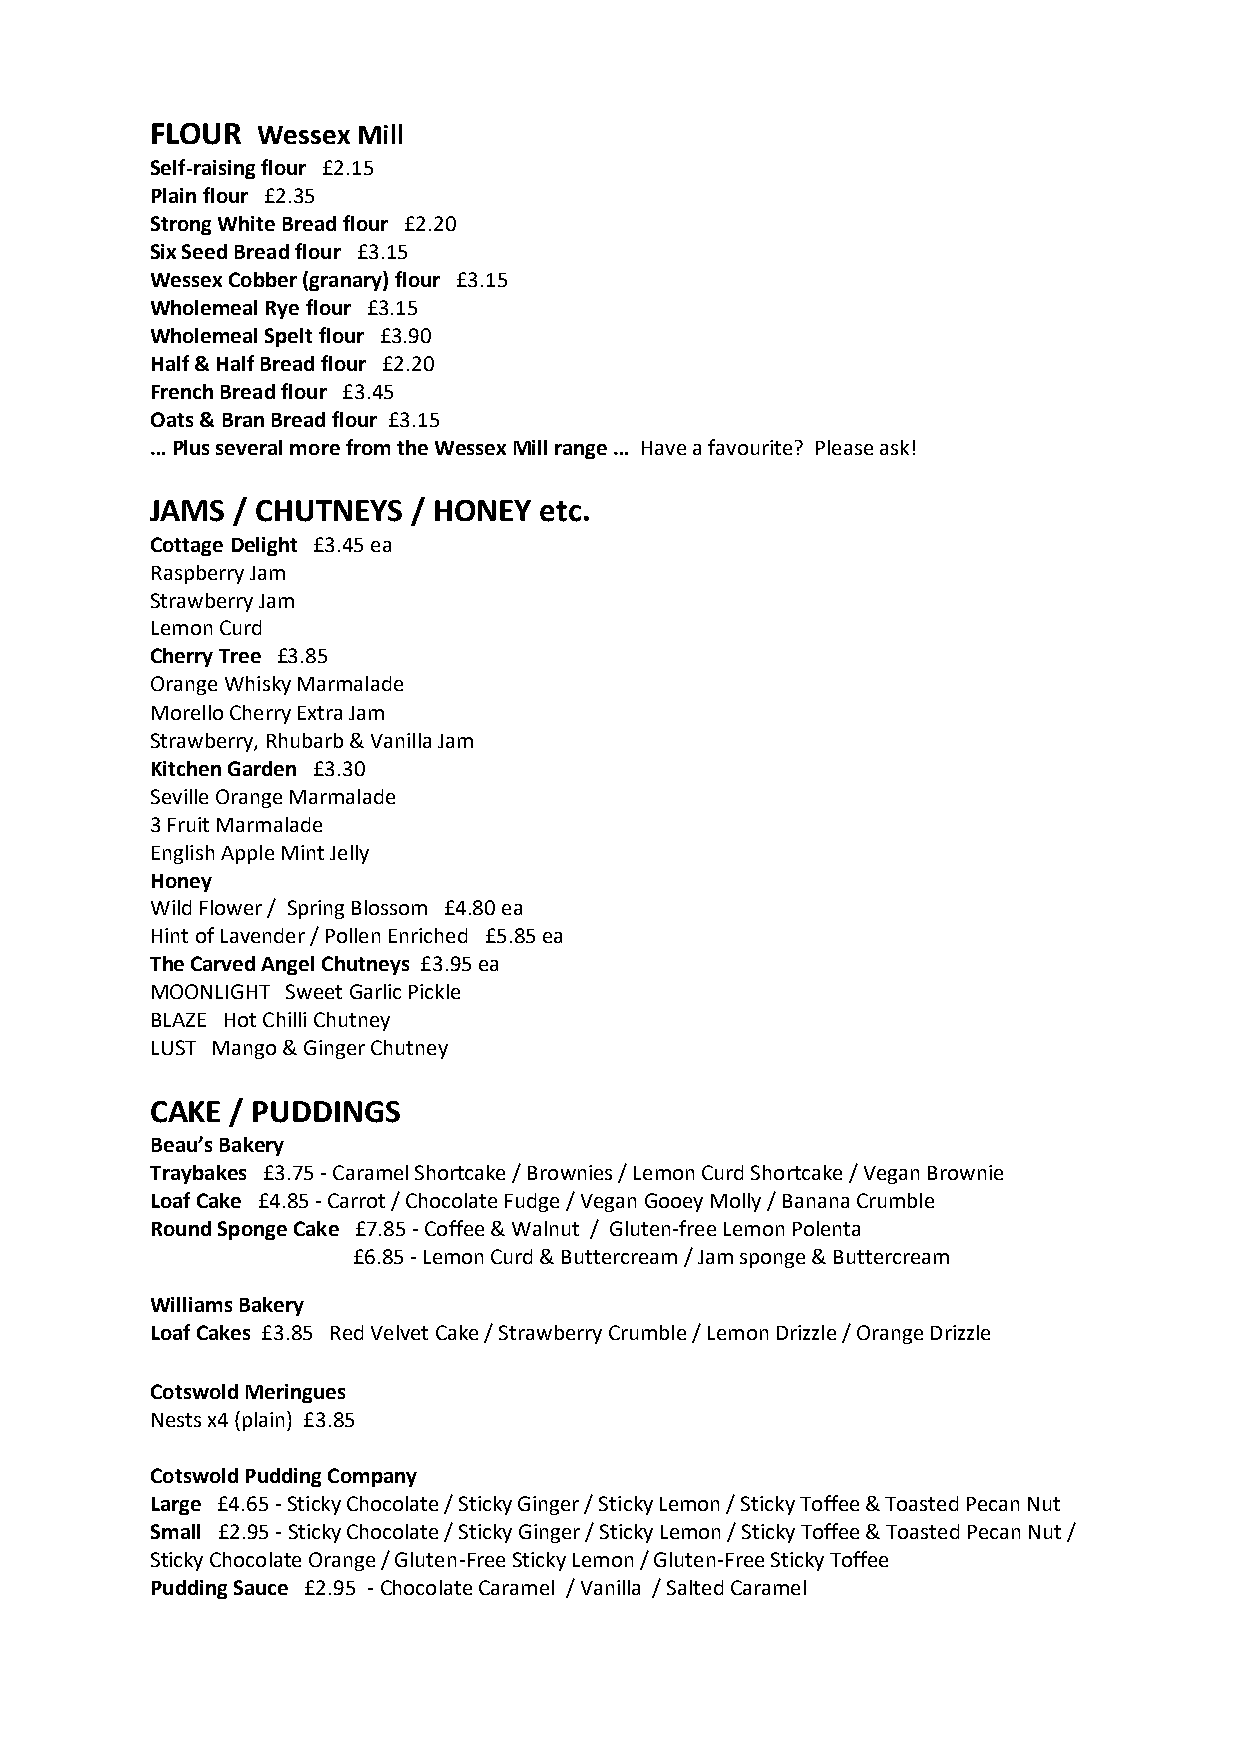
FLOUR  Wessex Mill
 Self-raising flour £2.15
 Plain flour £2.35
 Strong White Bread flour £2.20
 Six Seed Bread flour £3.15
 Wessex Cobber (granary) flour £3.15
 Wholemeal Rye flour £3.15
 Wholemeal Spelt flour £3.90
 Half & Half Bread flour £2.20
 French Bread flour £3.45
 Oats & Bran Bread flour £3.15
 … Plus several more from the Wessex Mill range … Have a favourite? Please ask!
 JAMS / CHUTNEYS  / HONEY  etc.
 Cottage Delight £3.45 ea
 Raspberry Jam
 Strawberry Jam
 Lemon Curd
 Cherry Tree £3.85
 Orange Whisky Marmalade
 Morello Cherry Extra Jam
 Strawberry, Rhubarb & Vanilla Jam
 Kitchen Garden £3.30
 Seville Orange Marmalade
 3 Fruit Marmalade
 English Apple Mint Jelly
 Honey
 Wild Flower / Spring Blossom £4.80 ea
 Hint of Lavender / Pollen Enriched £5.85 ea
 The Carved Angel Chutneys £3.95 ea
 MOONLIGHT Sweet Garlic Pickle
 BLAZE Hot Chilli Chutney
 LUST Mango & Ginger Chutney
 CAKE / PUDDINGS
 Beau’s Bakery
 Traybakes £3.75 - Caramel Shortcake / Brownies / Lemon Curd Shortcake / Vegan Brownie
 Loaf Cake £4.85 - Carrot / Chocolate Fudge / Vegan Gooey Molly / Banana Crumble
 Round Sponge Cake £7.85 - Coffee & Walnut / Gluten-free Lemon Polenta
 £6.85 - Lemon Curd & Buttercream / Jam sponge & Buttercream
 Williams Bakery
 Loaf Cakes £3.85 Red Velvet Cake / Strawberry Crumble / Lemon Drizzle / Orange Drizzle
 Cotswold Meringues
 Nests x4 (plain) £3.85
 Cotswold Pudding Company
 Large £4.65 - Sticky Chocolate / Sticky Ginger / Sticky Lemon / Sticky Toffee & Toasted Pecan Nut
 Small £2.95 - Sticky Chocolate / Sticky Ginger / Sticky Lemon / Sticky Toffee & Toasted Pecan Nut /
 Sticky Chocolate Orange / Gluten-Free Sticky Lemon / Gluten-Free Sticky Toffee
 Pudding Sauce £2.95 - Chocolate Caramel / Vanilla / Salted Caramel